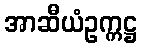
အာဆီယံဥက္ကဋ္ဌ